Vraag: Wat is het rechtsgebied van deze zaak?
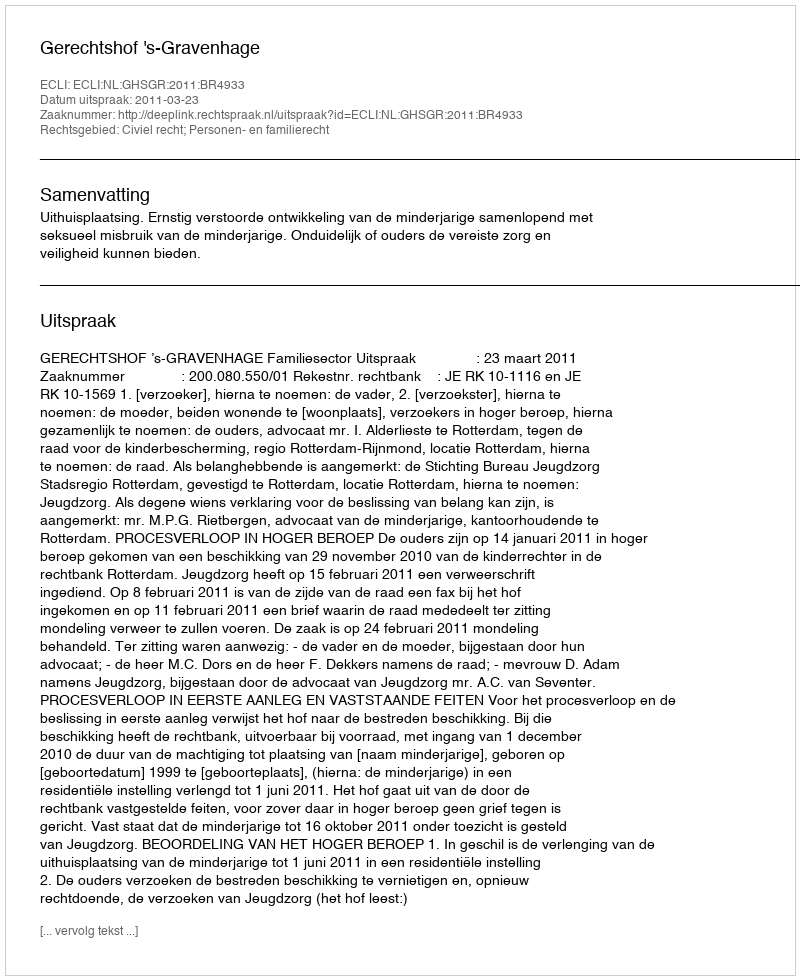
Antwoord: Civiel recht; Personen- en familierecht